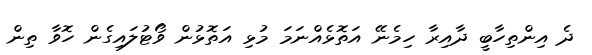
ދެ އިންތިހާބީ ދާއިރާ ހިމެނޭ އަތޮޅެއްނަމަ މުޅި އަތޮޅުން ވޯޓުލައިގެން ހޮވާ ތިން